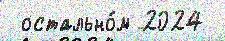
 остально́м 2024